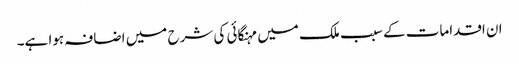
ان اقدامات کے سبب ملک میں مہنگائی کی شرح میں اضافہ ہوا ہے۔